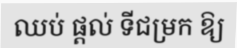
ឈប់ ផ្តល់ ទីជម្រក ឱ្យ